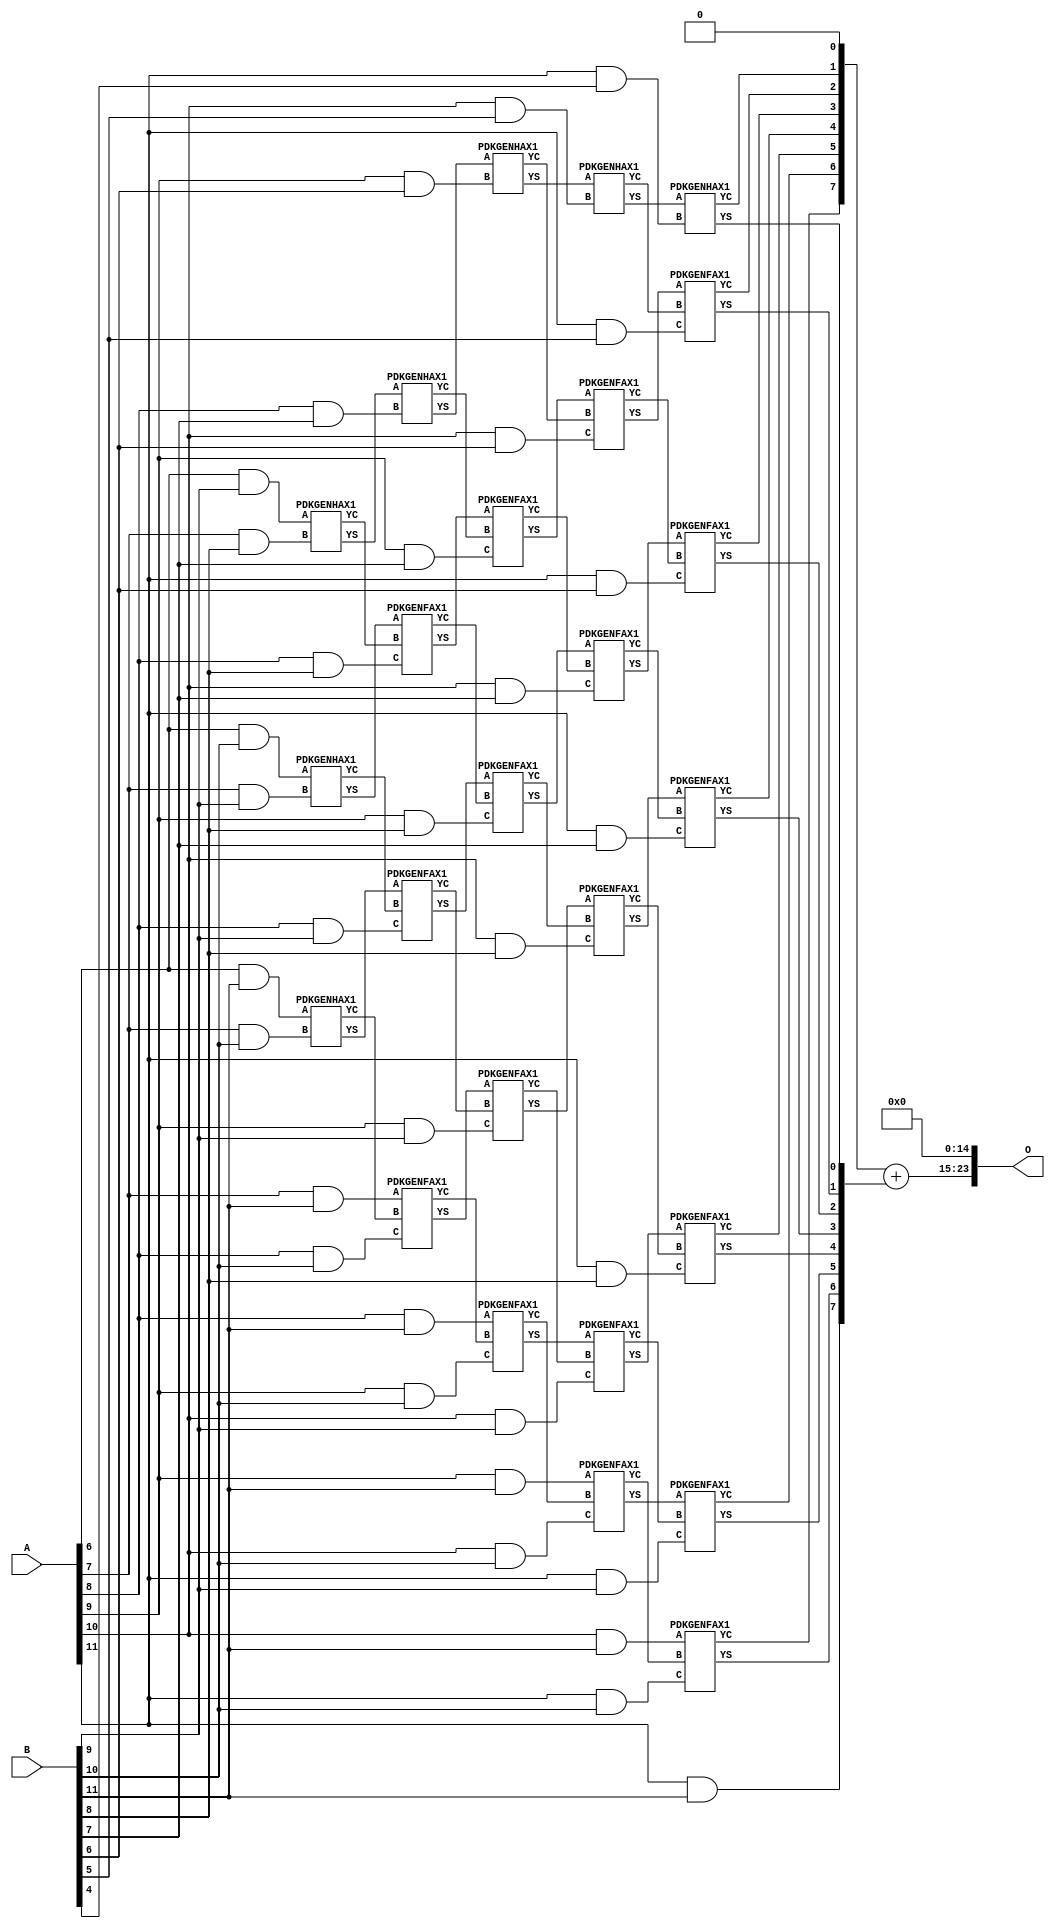
/***
* This code is a part of EvoApproxLib library (ehw.fit.vutbr.cz/approxlib) distributed under The MIT License.
* When used, please cite the following article(s): PRABAKARAN B. S., MRAZEK V., VASICEK Z., SEKANINA L., SHAFIQUE M. ApproxFPGAs: Embracing ASIC-based Approximate Arithmetic Components for FPGA-Based Systems. DAC 2020. 
***/
// MAE% = 0.67 %
// MAE = 112640 
// WCE% = 2.69 %
// WCE = 450561 
// WCRE% = 100.00 %
// EP% = 99.94 %
// MRE% = 9.07 %
// MSE = 16904.318e6 
// FPGA_POWER = 0.6
// FPGA_DELAY = 10
// FPGA_LUT = 30


module mul12u_2V7 ( A, B, O );
  input [11:0] A;
  input [11:0] B;
  output [23:0] O;

  wire C_10_10,C_10_5,C_10_6,C_10_7,C_10_8,C_10_9,C_11_10,C_11_4,C_11_5,C_11_6,C_11_7,C_11_8,C_11_9,C_7_10,C_7_8,C_7_9,C_8_10,C_8_7,C_8_8,C_8_9,C_9_10,C_9_6,C_9_7,C_9_8,C_9_9,S_10_10,S_10_11,S_10_5,S_10_6,S_10_7,S_10_8,S_10_9,S_11_10,S_11_11,S_11_4,S_11_5,S_11_6,S_11_7,S_11_8,S_11_9,S_12_10,S_12_11,S_12_3,S_12_4,S_12_5,S_12_6,S_12_7,S_12_8,S_12_9,S_6_10,S_6_11,S_6_9,S_7_10,S_7_11,S_7_8,S_7_9,S_8_10,S_8_11,S_8_7,S_8_8,S_8_9,S_9_10,S_9_11,S_9_6,S_9_7,S_9_8,S_9_9;

  assign S_6_9 = (A[6] & B[9]);
  assign S_6_10 = (A[6] & B[10]);
  assign S_6_11 = (A[6] & B[11]);
  PDKGENHAX1 U317631 (.A(S_6_9), .B((A[7] & B[8])), .YS(S_7_8), .YC(C_7_8));
  PDKGENHAX1 U317632 (.A(S_6_10), .B((A[7] & B[9])), .YS(S_7_9), .YC(C_7_9));
  PDKGENHAX1 U317633 (.A(S_6_11), .B((A[7] & B[10])), .YS(S_7_10), .YC(C_7_10));
  assign S_7_11 = (A[7] & B[11]);
  PDKGENHAX1 U317642 (.A(S_7_8), .B((A[8] & B[7])), .YS(S_8_7), .YC(C_8_7));
  PDKGENFAX1 U317643 (.A(S_7_9), .B(C_7_8), .C((A[8] & B[8])), .YS(S_8_8), .YC(C_8_8));
  PDKGENFAX1 U317644 (.A(S_7_10), .B(C_7_9), .C((A[8] & B[9])), .YS(S_8_9), .YC(C_8_9));
  PDKGENFAX1 U317645 (.A(S_7_11), .B(C_7_10), .C((A[8] & B[10])), .YS(S_8_10), .YC(C_8_10));
  assign S_8_11 = (A[8] & B[11]);
  PDKGENHAX1 U317653 (.A(S_8_7), .B((A[9] & B[6])), .YS(S_9_6), .YC(C_9_6));
  PDKGENFAX1 U317654 (.A(S_8_8), .B(C_8_7), .C((A[9] & B[7])), .YS(S_9_7), .YC(C_9_7));
  PDKGENFAX1 U317655 (.A(S_8_9), .B(C_8_8), .C((A[9] & B[8])), .YS(S_9_8), .YC(C_9_8));
  PDKGENFAX1 U317656 (.A(S_8_10), .B(C_8_9), .C((A[9] & B[9])), .YS(S_9_9), .YC(C_9_9));
  PDKGENFAX1 U317657 (.A(S_8_11), .B(C_8_10), .C((A[9] & B[10])), .YS(S_9_10), .YC(C_9_10));
  assign S_9_11 = (A[9] & B[11]);
  PDKGENHAX1 U317664 (.A(S_9_6), .B((A[10] & B[5])), .YS(S_10_5), .YC(C_10_5));
  PDKGENFAX1 U317665 (.A(S_9_7), .B(C_9_6), .C((A[10] & B[6])), .YS(S_10_6), .YC(C_10_6));
  PDKGENFAX1 U317666 (.A(S_9_8), .B(C_9_7), .C((A[10] & B[7])), .YS(S_10_7), .YC(C_10_7));
  PDKGENFAX1 U317667 (.A(S_9_9), .B(C_9_8), .C((A[10] & B[8])), .YS(S_10_8), .YC(C_10_8));
  PDKGENFAX1 U317668 (.A(S_9_10), .B(C_9_9), .C((A[10] & B[9])), .YS(S_10_9), .YC(C_10_9));
  PDKGENFAX1 U317669 (.A(S_9_11), .B(C_9_10), .C((A[10] & B[10])), .YS(S_10_10), .YC(C_10_10));
  assign S_10_11 = (A[10] & B[11]);
  PDKGENHAX1 U317675 (.A(S_10_5), .B((A[11] & B[4])), .YS(S_11_4), .YC(C_11_4));
  PDKGENFAX1 U317676 (.A(S_10_6), .B(C_10_5), .C((A[11] & B[5])), .YS(S_11_5), .YC(C_11_5));
  PDKGENFAX1 U317677 (.A(S_10_7), .B(C_10_6), .C((A[11] & B[6])), .YS(S_11_6), .YC(C_11_6));
  PDKGENFAX1 U317678 (.A(S_10_8), .B(C_10_7), .C((A[11] & B[7])), .YS(S_11_7), .YC(C_11_7));
  PDKGENFAX1 U317679 (.A(S_10_9), .B(C_10_8), .C((A[11] & B[8])), .YS(S_11_8), .YC(C_11_8));
  PDKGENFAX1 U317680 (.A(S_10_10), .B(C_10_9), .C((A[11] & B[9])), .YS(S_11_9), .YC(C_11_9));
  PDKGENFAX1 U317681 (.A(S_10_11), .B(C_10_10), .C((A[11] & B[10])), .YS(S_11_10), .YC(C_11_10));
  assign S_11_11 = (A[11] & B[11]);
  assign {S_12_11, S_12_10, S_12_9, S_12_8, S_12_7, S_12_6, S_12_5, S_12_4, S_12_3} = {C_11_10, C_11_9, C_11_8, C_11_7, C_11_6, C_11_5, C_11_4, 1'b0} + {S_11_11, S_11_10, S_11_9, S_11_8, S_11_7, S_11_6, S_11_5, S_11_4};
  assign O = {S_12_11,S_12_10,S_12_9,S_12_8,S_12_7,S_12_6,S_12_5,S_12_4,S_12_3,1'b0,1'b0,1'b0,1'b0,1'b0,1'b0,1'b0,1'b0,1'b0,1'b0,1'b0,1'b0,1'b0,1'b0,1'b0};

endmodule

/* mod */
module PDKGENHAX1( input A, input B, output YS, output YC );
    assign YS = A ^ B;
    assign YC = A & B;
endmodule
/* mod */
module PDKGENFAX1( input A, input B, input C, output YS, output YC );
    assign YS = (A ^ B) ^ C;
    assign YC = (A & B) | (B & C) | (A & C);
endmodule